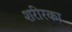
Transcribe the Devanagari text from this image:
शरीरका